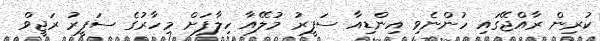
ކުރިން ރާއްޖޭގައި ހުންނެވި އިންޑިއާ ސަފީރު މުލޭއާ ހިލާފަށް މިހާރުގެ ސަފީރު ރަޖީވް